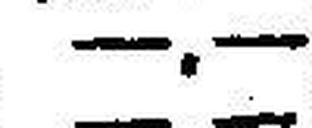
—.—